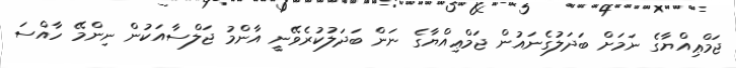
ޖަމްޢިއްޔާގެ ނަމަށް ބަދަލުގެނައުން ޖަމްޢިއްޔާގެ ނަން ބަދަލުކުރެވޭނީ އާންމު ޖަލްސާއަކުން ނިންމޭ ހާއްސަ